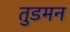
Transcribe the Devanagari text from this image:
तुडमन